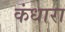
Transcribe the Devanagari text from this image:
कंधारा